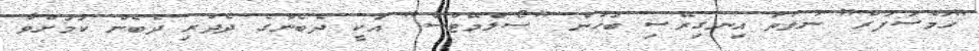
"ހަމްސަފަރް" ނުވަތަ އިނގިރޭސި ބަހުން "ސޯލްމޭޓްސް" އަކީ ދެބެންގެ ދެދަރި ދެބެން ކަމަށްވާ